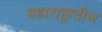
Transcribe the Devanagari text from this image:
मह्राराष्ट्रातील